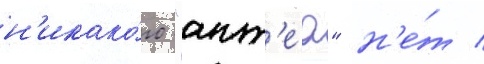
н'икако́го "ант'еа" н'е́т /